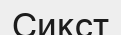
Сикст